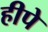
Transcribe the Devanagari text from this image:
हीपे